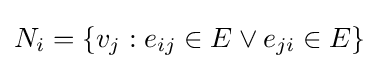
N_{i}=\{v_{j}:e_{ij}\in E\lor e_{ji}\in E\}